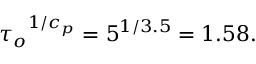
{ \tau _ { o } } ^ { 1 / c _ { p } } = 5 ^ { 1 / 3 . 5 } = 1 . 5 8 .